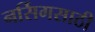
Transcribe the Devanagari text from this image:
नर्सिगसाठी